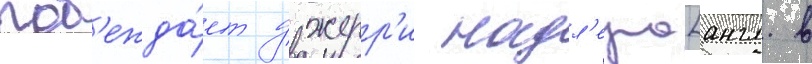
поб'ежда́ет джерр'и надл'ера[англ. в